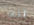
انت